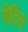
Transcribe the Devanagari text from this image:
पेटिस